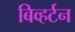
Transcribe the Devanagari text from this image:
बिव्हर्टन